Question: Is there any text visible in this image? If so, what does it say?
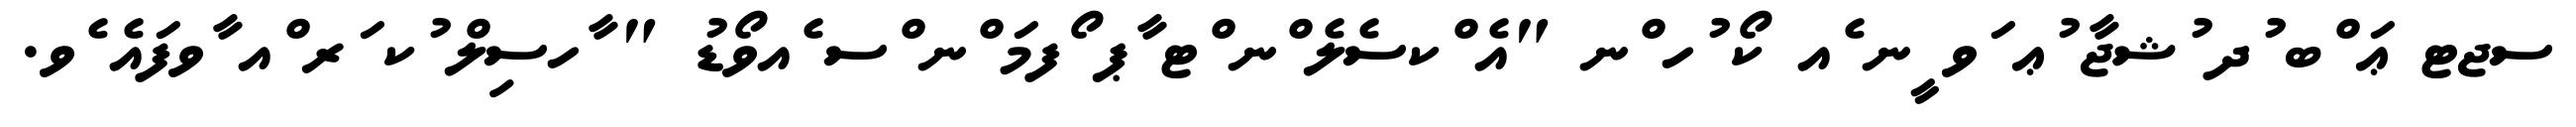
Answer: ސޖޓ ޢަ ްބ ުދ ުޝޖާ ުޢ ަވ ީނ ެއ ކޯ ުހ ްނ "އެ ްކސެލެ ްނ ްޓ ާޕ ޯފމަ ްނ ްސ ެއވޯޑު " ާހސިލް ުކ ަރ ްއ ާވފައެ ެވ.